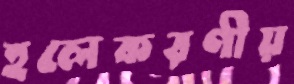
হলেকরণীয়